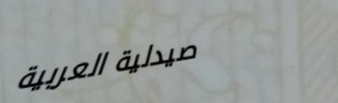
صيدلية العربية